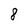
Character: 8